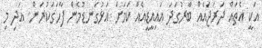
އަކީ އެތައް ދަރަޖައެއް ބާރުގަދަ އައިއީޑީއެއް ކަމަށް އަޅުގަނޑުމެން ފާހަގަކުރަން. އަދި މި